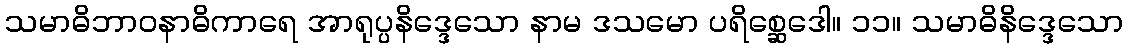
သမာဓိဘာဝနာဓိကာရေ အာရုပ္ပနိဒ္ဒေသော နာမ ဒသမော ပရိစ္ဆေဒေါ။ ၁၁။ သမာဓိနိဒ္ဒေသော